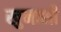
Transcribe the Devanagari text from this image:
खुनाशी